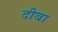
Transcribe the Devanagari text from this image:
दीबा